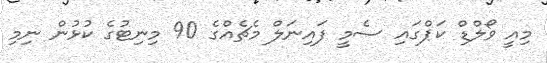
މިއީ ވޯލްޑް ކަޕްގައި ސެމީ ފައިނަލް މެޗެއްގެ 90 މިނިޓުގެ ކުޅުން ނިމި